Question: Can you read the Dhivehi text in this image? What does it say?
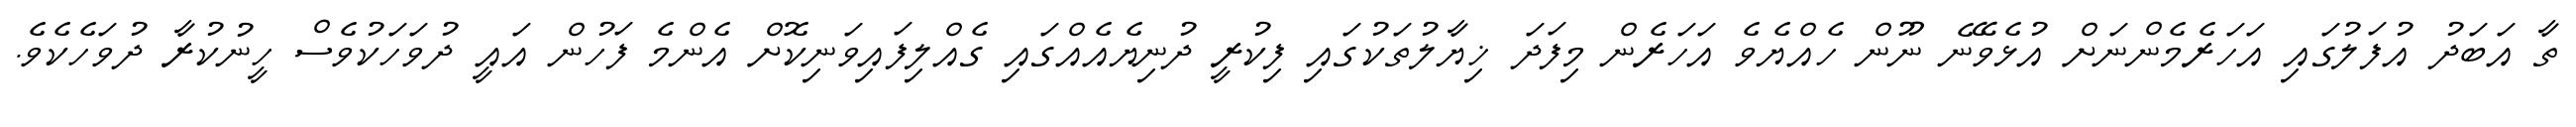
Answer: ތާ އަބަދު އުފަލުގައި އަހަރެމެންނަށް އުޅެވޭނެ ނޫން ހެއްޔެވެ އަހަރެން މިފަދަ ޚިޔާލުތަކުގައި ފިކުރީ ދުނިޔެއެއްގައި ގެއްލިފައިވަނިކޮށް އެންމެ ފަހުން އައީ ދުވަހަކުވެސް ހީނުކުރާ ދުވަހެކެވެ.